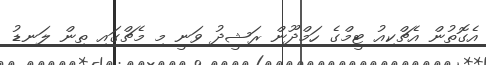
އެގޮތުން އެޗްކިއު ޓީމްގެ ހަމްދޫން ރަޝީދު ވަނީ މި މެޗްގައި ތިން ލަނޑު